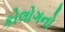
કોલોગનો